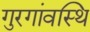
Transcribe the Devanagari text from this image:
गुरगांवस्थि